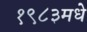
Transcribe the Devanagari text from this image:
१९८३मधे